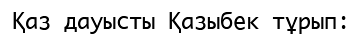
Қаз дауысты Қазыбек тұрып: